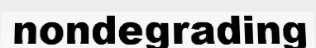
nondegrading